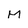
Character: M